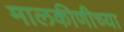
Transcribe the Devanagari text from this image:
मालकीणीच्या